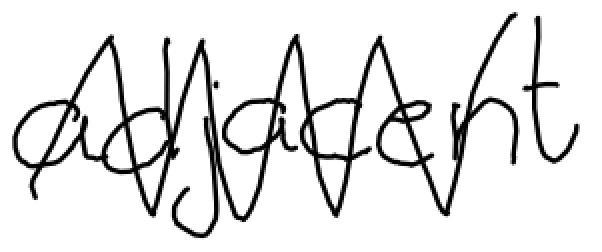
Text: adjacent
Cross-out: zig-zag
Writing tool: digital_black